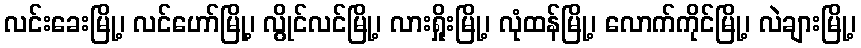
လင်းခေးမြို့၊ လင်ဟော်မြို့၊ လွိုင်လင်မြို့၊ လားရှိုးမြို့၊ လုံထန်မြို့၊ လောက်ကိုင်မြို့၊ လဲချားမြို့၊